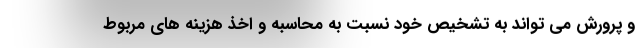
و پرورش می تواند به تشخیص خود نسبت به محاسبه و اخذ هزینه های مربوط